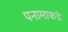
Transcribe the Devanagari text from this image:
पनामाकडे